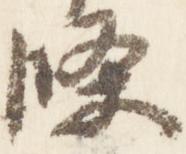
条